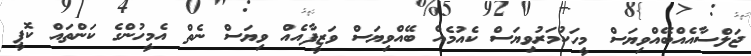
ޖަލްސާއެއްބޭއްވިޔަސް މީހަކުމަރުވިޔަސް ކެއުމެއް ބޭއްވިޔަސް ވަޒީފާއެއް ވިޔަސް ނެތް އެމީހުންގެ ކަންތައް ކޮޕީ